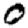
Digit: 0